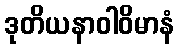
ဒုတိယနာဝါဝိမာနံ